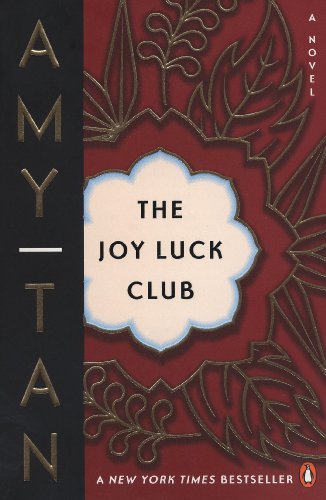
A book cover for The Joy Luck Club; Amy Tan; Literature & Fiction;